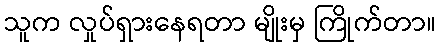
သူက လှုပ်ရှားနေရတာ မျိုးမှ ကြိုက်တာ။